Preliminary report on an investigation into the etiology of Oriental sore in Cambay - Number 50
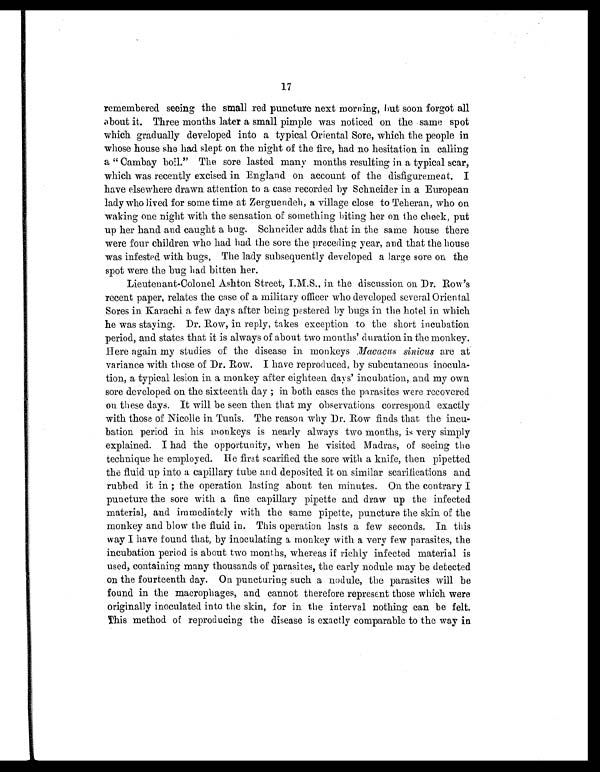
17
remembered seeing the small red puncture next morning, but soon forgot all
about it. Three months later a small pimple was noticed on the same spot
which gradually developed into a typical Oriental Sore, which the people in
whose house she had slept on the night of the fire, had no hesitation in calling
a " Cambay boil." The sore lasted many months resulting in a typical scar,
which was recently excised in England on account of the disfigurement. I
have elsewhere drawn attention to a case recorded by Schneider in a European
lady who lived for some time at Zerguendeh, a village close to Teheran, who on
waking one night with the sensation of something biting her on the cheek, put
up her hand and caught a bug. Schneider adds that in the same house there
were four children who had had the sore the preceding year, and that the house
was infested with bugs. The lady subsequently developed a large sore on the
spot were the bug had bitten her.
Lieutenant-Colonel Ashton Street, I.M.S., in the discussion on Dr. Row's
recent paper, relates the case of a military officer who developed several Oriental
Sores in Karachi a few days after being pestered by bugs in the hotel in which
he was staying. Dr. Row, in reply, takes exception to the short incubation
period, and states that it is always of about two months' duration in the monkey.
Here again my studies of the disease in monkeys Macacus sinicus are at
variance with those of Dr. Row, I have reproduced, by subcutaneous inocula-
tion, a typical lesion in a monkey after eighteen days' incubation, and my own
sore developed on the sixteenth day ; in both cases the parasites were recovered
on these days. It will be seen then that my observations correspond exactly
with those of Nicolle in Tunis. The reason why Dr. Row finds that the incu-
bation period in his monkeys is nearly always two months, is very simply
explained. I had the opportunity, when he visited Madras, of seeing the
technique he employed. He first scarified the sore with a knife, then pipetted
the fluid up into a capillary tube and deposited it on similar scarifications and
rubbed it in ; the operation lasting about ten minutes. On the contrary I
puncture the sore with a fine capillary pipette and draw up the infected
material, and immediately with the same pipette, puncture the skin of the
monkey and blow the fluid in. This operation lasts a few seconds. In this
way I have found that, by inoculating a monkey with a very few parasites, the
incubation period is about two months, whereas if richly infected material is
used, containing many thousands of parasites, the early nodule may be detected
on the fourteenth day. On puncturing such a nodule, the parasites will be
found in the macrophages, and cannot therefore represent those which were
originally inoculated into the skin, for in the interval nothing can be felt.
This method of reproducing the disease is exactly comparable to the way in